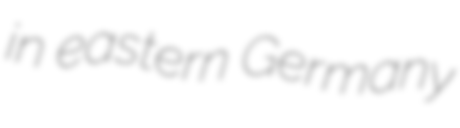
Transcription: in eastern Germany